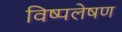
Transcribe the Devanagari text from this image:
विष्पलेषण